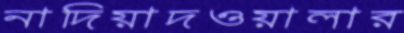
নাদিয়াদওয়ালার